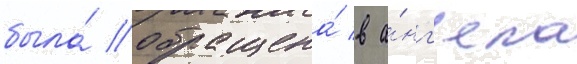
была́ обращена́ в а́нг'ела